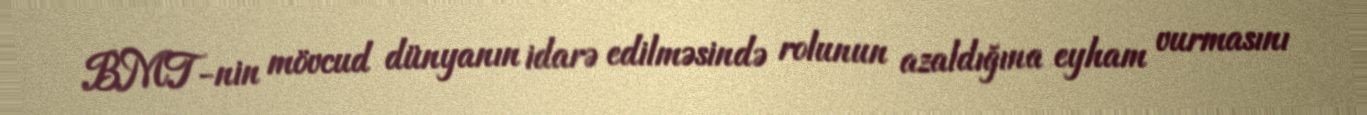
BMT-nin mövcud dünyanın idarə edilməsində rolunun azaldığına eyham vurmasını